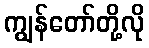
ကျွန်တော်တို့လို